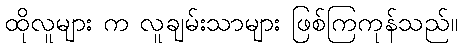
ထိုလူများ က လူချမ်းသာများ ဖြစ်ကြကုန်သည်။